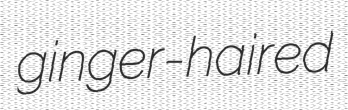
ginger-haired